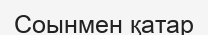
Соынмен қатар